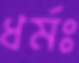
ধর্মঃ